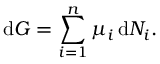
\mathrm { d } G = \sum _ { i = 1 } ^ { n } \mu _ { i } \, \mathrm { d } N _ { i } .